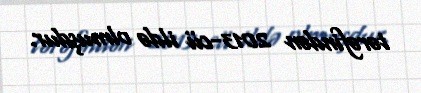
tərəfindən 2013-cü ildə olmuşdur.